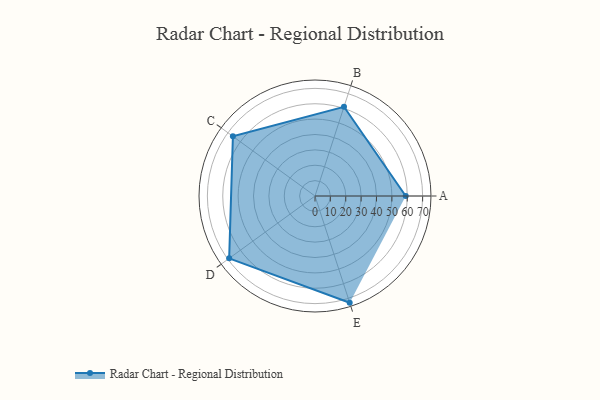
{"axis": {"x": "Skill", "y": "Score"}, "legend": ["Profile"], "data": [{"x": "A", "y": 59.0, "type": "Profile"}, {"x": "B", "y": 61.0, "type": "Profile"}, {"x": "C", "y": 66.0, "type": "Profile"}, {"x": "D", "y": 69.0, "type": "Profile"}, {"x": "E", "y": 73.0, "type": "Profile"}]}